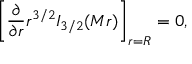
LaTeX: \left[ { \frac { \partial } { \partial r } } r ^ { 3 / 2 } I _ { 3 / 2 } ( M r ) \right] _ { r = R } = 0 ,